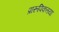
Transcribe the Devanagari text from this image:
प्रारूपिकतया